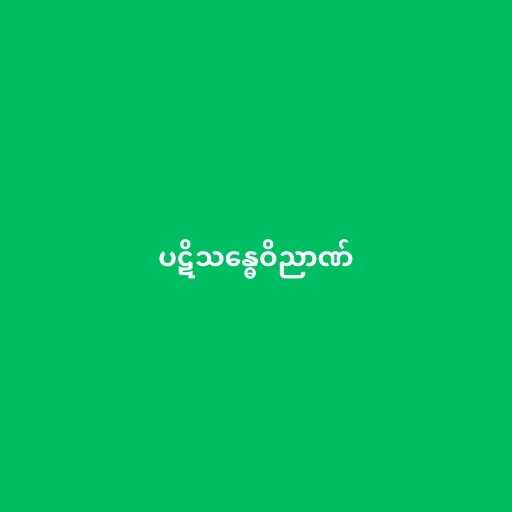
ပဋိသန္ဓေဝိညာဏ်